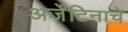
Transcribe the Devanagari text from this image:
अर्जेंटिनाचे